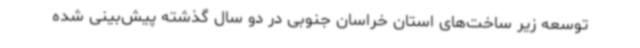
توسعه زیر ساخت‌های استان خراسان جنوبی در دو سال گذشته پیش‌بینی شده